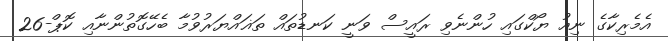
އެމެރިކާގެ ނިއު ޔޯކްގައި ހުންނެވި ރައީސް ވަނީ ކަނޑުތައް ތަޣައްޔަރުވުމާ ބެހޭގޮތުންނާއި ކޮޕް-26